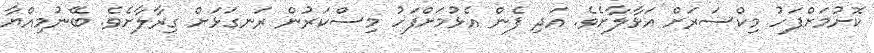
ކޮށުމަށްފަހު މިކްސަރަށް އަޅާލާށެވެ. އަދި ފެން އެޅުމަށްފަހު މިސްކަރުން ރަނގަޅަށް ގިރާލާށެވެ. ބޭނުމިއްޔާ